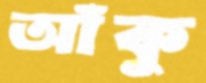
আঁকু